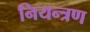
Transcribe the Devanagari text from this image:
नियन्‍त्रण